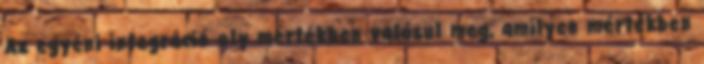
Az egyéni integráció oly mértékben valósul meg, amilyen mértékben